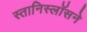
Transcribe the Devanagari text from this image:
स्तानिस्लॉसने